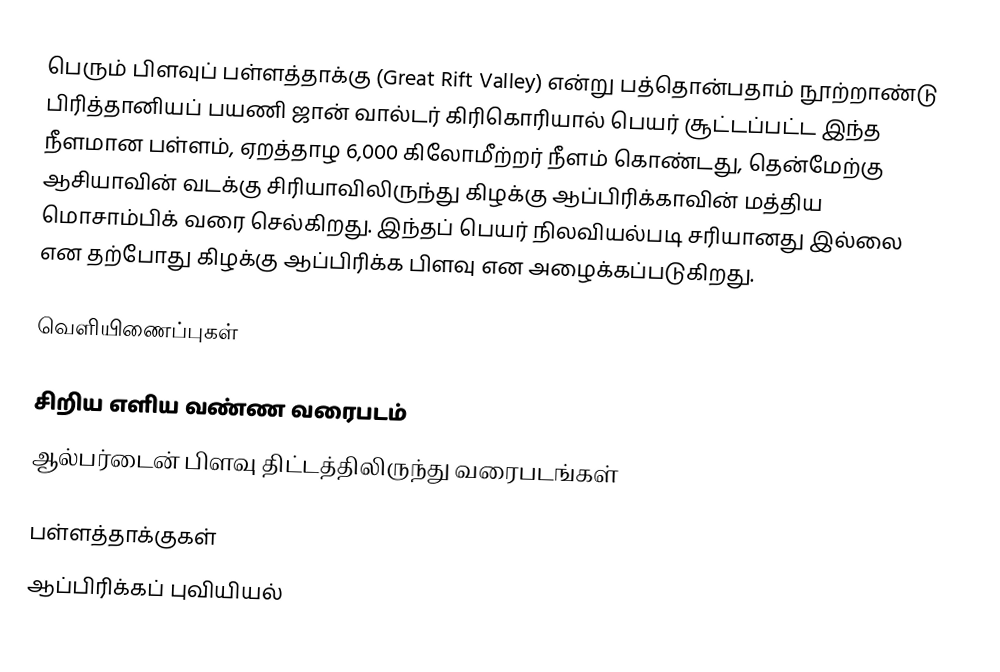
பெரும் பிளவுப் பள்ளத்தாக்கு (Great Rift Valley) என்று பத்தொன்பதாம் நூற்றாண்டு பிரித்தானியப் பயணி ஜான் வால்டர் கிரிகொரியால் பெயர் சூட்டப்பட்ட இந்த நீளமான பள்ளம், ஏறத்தாழ 6,000 கிலோமீற்றர் நீளம் கொண்டது, தென்மேற்கு ஆசியாவின் வடக்கு சிரியாவிலிருந்து கிழக்கு ஆப்பிரிக்காவின் மத்திய மொசாம்பிக் வரை செல்கிறது. இந்தப் பெயர் நிலவியல்படி சரியானது இல்லை என தற்போது கிழக்கு ஆப்பிரிக்க பிளவு என அழைக்கப்படுகிறது.

வெளியிணைப்புகள்

 சிறிய எளிய வண்ண வரைபடம்
 ஆல்பர்டைன் பிளவு திட்டத்திலிருந்து வரைபடங்கள்

பள்ளத்தாக்குகள்
ஆப்பிரிக்கப் புவியியல்